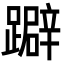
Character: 躃